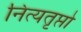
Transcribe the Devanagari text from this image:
नित्यतृप्तो